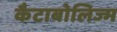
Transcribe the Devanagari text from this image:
कैटाबोलिज्म